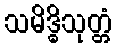
သမိဒ္ဓိသုတ္တံ